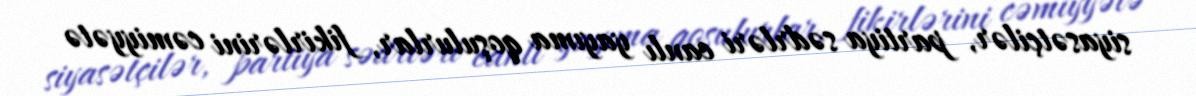
siyasətçilər, partiya sədrləri canlı yayıma qoşulurlar, fikirlərini cəmiyyətə